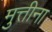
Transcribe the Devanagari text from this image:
मुत्तीना